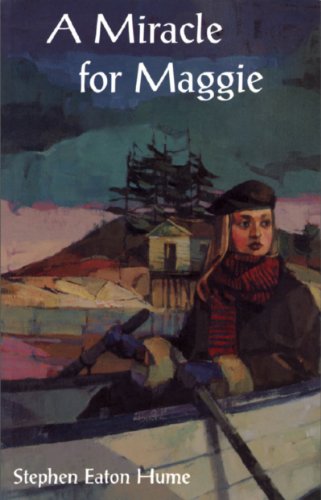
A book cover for A Miracle for Maggie; Stephen Eaton Hume; Teen & Young Adult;